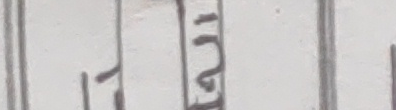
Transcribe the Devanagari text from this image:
१२म